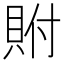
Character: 𮙼